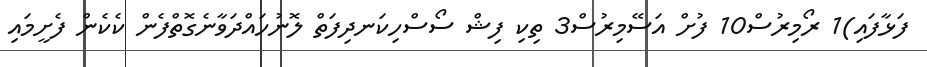
ފަޅާފައި)1 ރޯމިރުސް10 ފުށް އަސޭމިރުސް3 ތިކި ފިޝް ސޯސްހިކަނދިފަތް ލޮނުހައްދަވާނެގޮތްފެން ކެކެން ފެށީމައި